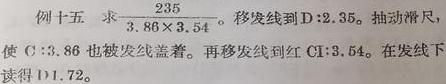
例十五 求$\frac{235}{3.86\times3.54}$。移发线到D:2.35。抽动滑尺，使C:3.86也被发线盖着。再移发线到红CI:3.54。在发线下读得D:1.72。